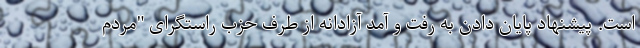
است. پیشنهاد پایان دادن به رفت و آمد آزادانه از طرف حزب راستگرای "مردم